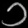
Digit: ၁